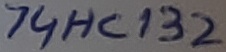
Text: 74HC132